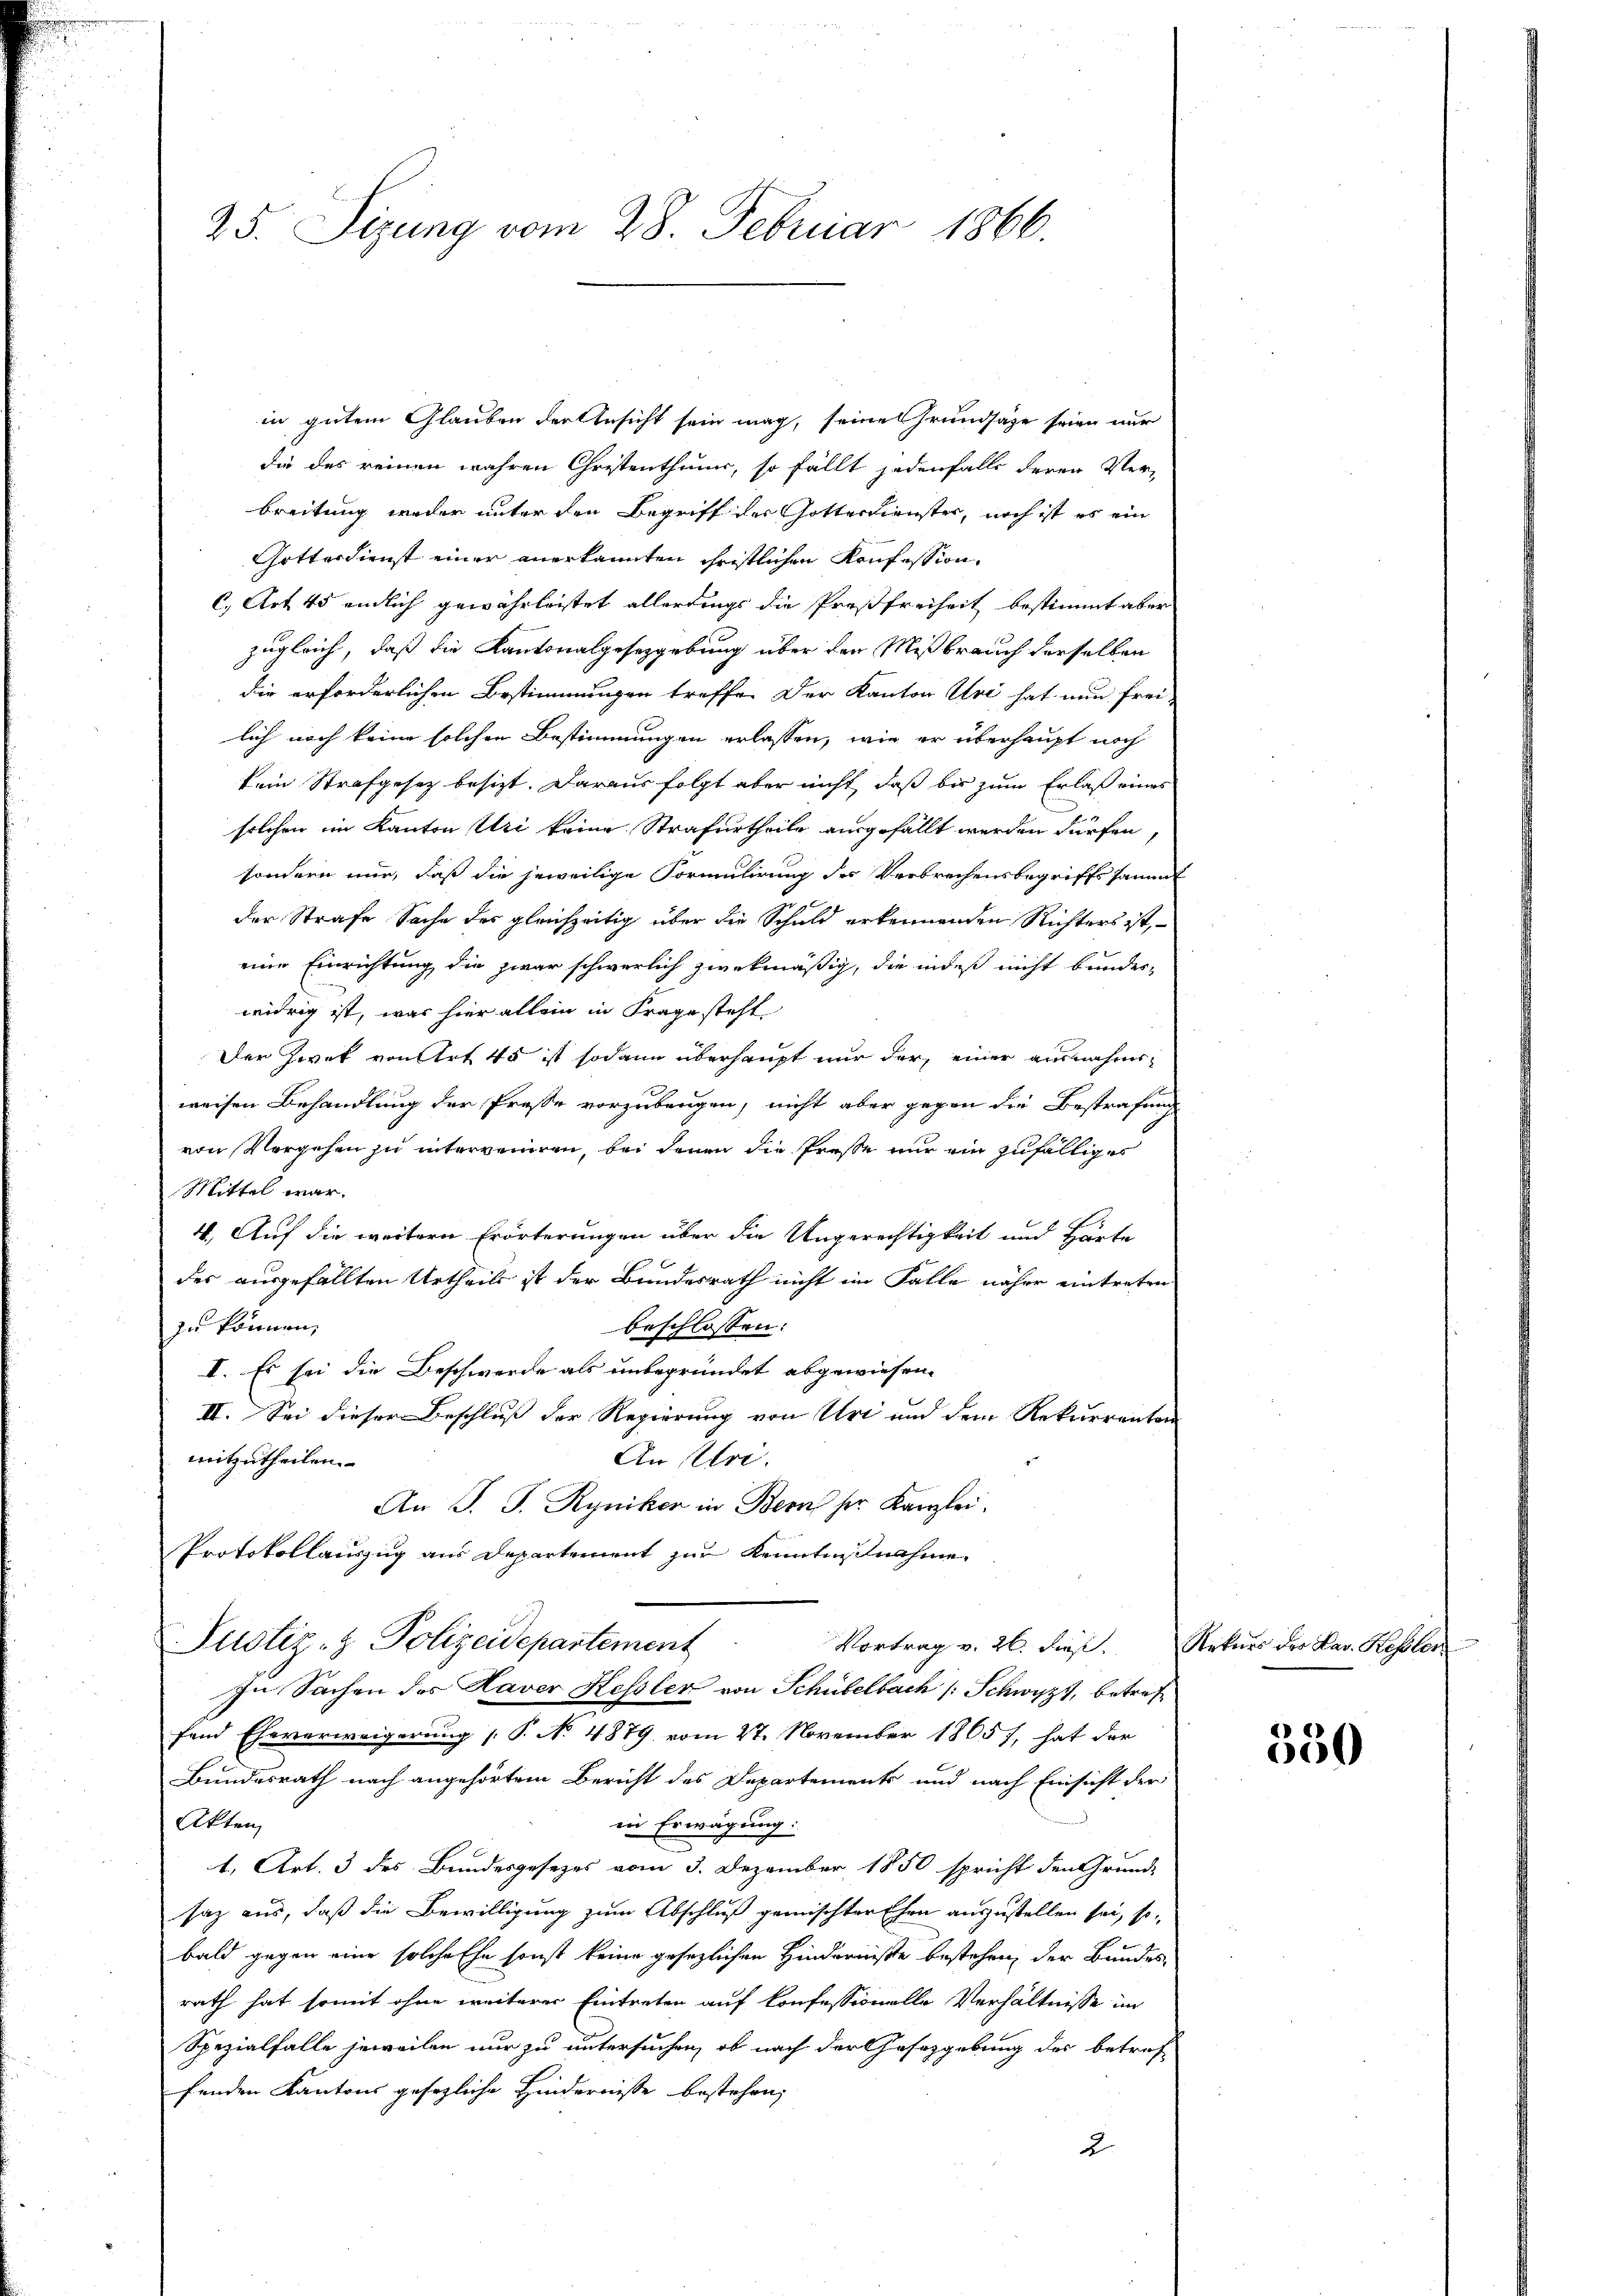
25. Sizung vom 28. Februar 1866

in gutem Glauben der Ansicht sein mag, seine Grundsaze seien nur
die des reinen wahren Christenthums, so fällt jedenfalls deren Verbreitung weder unter den Begriff der Gotterdienster, noch ist es ein
Gotterdienst einer anerkannten christlichen Konfession.
C. Art. 45 endlich gewährleistet allerdings die Preßfreiheit bestimmt aber
zugleich, daß die Kantonalgesetzgebung über den Mißbrauch derselben
die erforderlichen Bestimmungen treffen der Kanton Uri hat nun frei
lich noch keine solchen Bestimmungen erlassen, wie er überhaupt noch
kein Strafgesetz besizt. Daraus folgt aber nicht, daß bis zum Erlaß eines
solchen im Kanton Uri keine Strafurtheile angefällt werden dürfen,
sondern nur, daß die jeweilige Formulirung des Verbrechensbegriffs sammt
der Strafe Sache des gleichzeitig über die Schuld erkennenden Richters ist,
eine Einrichtung, die zwar schwerlich zwekmäßig, die indeß nicht bundes-
widrig ist, was hier allein in Frage steht.
Der Zwek von Art 40 ist sodann überhaupt nur der, einer ausnahmsweisen Behandlung der Preße vorzubeugen, nicht aber gegen die Bestrafung
von Vorgehen zu interrenten, bei denen die Presse nur ein zufälliges
Mittel war.
4. Auf die weitern Erörterungen über die Ungerechtigkeit und Harte
der ausgefällten Urtheils ist der Bundesrath nicht im Falle näher eintreten
zu können,
beschlossen:
I. Es sei die Beschwerde als unbegründet abgewiesen.
II. Sei dieser Beschluß der Regierung von Uri und dem Rekurrenten
mitzutheilen.
An Ulri
An J. J. Ryniker in Bern her Kanzlei.
Protokollauszug aus Departement zur Kenntnißnahme
Justiz- & Polizeidepartement
Vortrag v. 26. dieß.
In Sachen des Haver Kessler von Schübelbach /: Schwyz, betreffand Eheverweigerung [P. No 4879 vom 27. November 1865), hat der
Bundesrath nach angehörtem Bericht des Departements und nach Einsicht der
Akten
in Erwägung:
1., Art. 3 des Bundesgesezes vom 3. Dezember 1850 spricht den Grund-
saz aus, daß die Bewilligung zum Abschluß gemischter Ehen auszustellen sei, so
bald gegen eine solche Ehe sonst keine gesezlichen Hinderniße bestehen, der Bundes-
rath hat somit ohne weiterer Eintreten auf konfessionelle Verhältnisse im
Spezialfalle jeweilen nur zu untersuchen, ob nach der Gesetzgebung des betref
fenden Kantons gesezliche Hindernisse bestehen,
2.

Rekurs der Lav Kessler

530